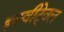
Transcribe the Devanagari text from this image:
इक्वीटे्वल